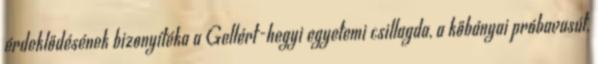
érdeklődésének bizonyítéka a Gellért-hegyi egyetemi csillagda, a kőbányai próbavasút,